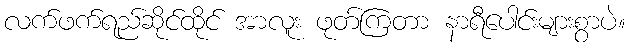
လက်ဖက်ရည်ဆိုင်ထိုင် အာလူး ဖုတ်ကြတာ နာရီပေါင်းများစွာပဲ။